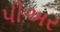
પીઅર